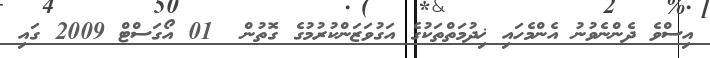
އިސްވެ ދެންނެވުނު އެންމެހައި ޚިދުމަތްތަކުގެ އަގުވަޒަންކުރުމުގެ ގޮތުން  01 އޯގަސްޓް 2009 ގައި